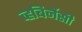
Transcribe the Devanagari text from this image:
व्हबिर्नेसी